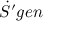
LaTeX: { \dot { S } } ^ { \prime } g e n